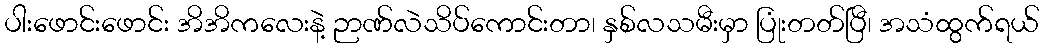
ပါးဖောင်းဖောင်း အိအိကလေးနဲ့ ဉာဏ်လဲသိပ်ကောင်းတာ၊ နှစ်လသမီးမှာ ပြုံးတတ်ပြီ၊ အသံထွက်ရယ်